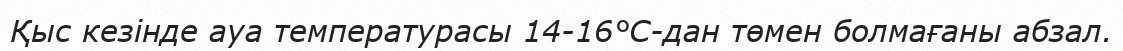
Қыс кезінде ауа температурасы 14-16°С-дан төмен болмағаны абзал.